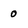
Character: 0